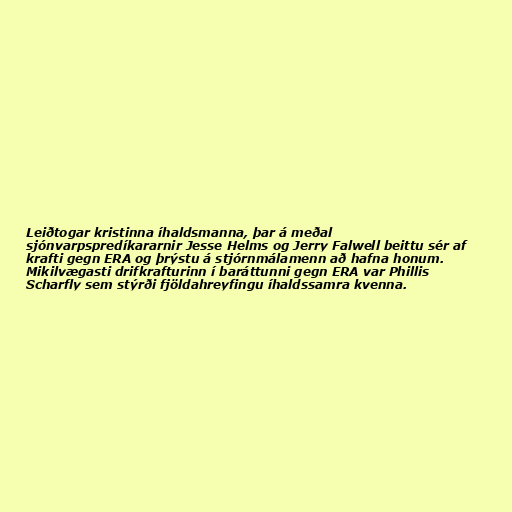
Leiðtogar kristinna íhaldsmanna, þar á meðal
sjónvarpspredíkararnir Jesse Helms og Jerry Falwell beittu sér af
krafti gegn ERA og þrýstu á stjórnmálamenn að hafna honum.
Mikilvægasti drifkrafturinn í baráttunni gegn ERA var Phillis
Scharfly sem stýrði fjöldahreyfingu íhaldssamra kvenna.